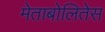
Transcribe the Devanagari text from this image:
मेताबोलितेस